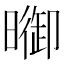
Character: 𣊗